Scottish Leaving Certificate Examination, 1960
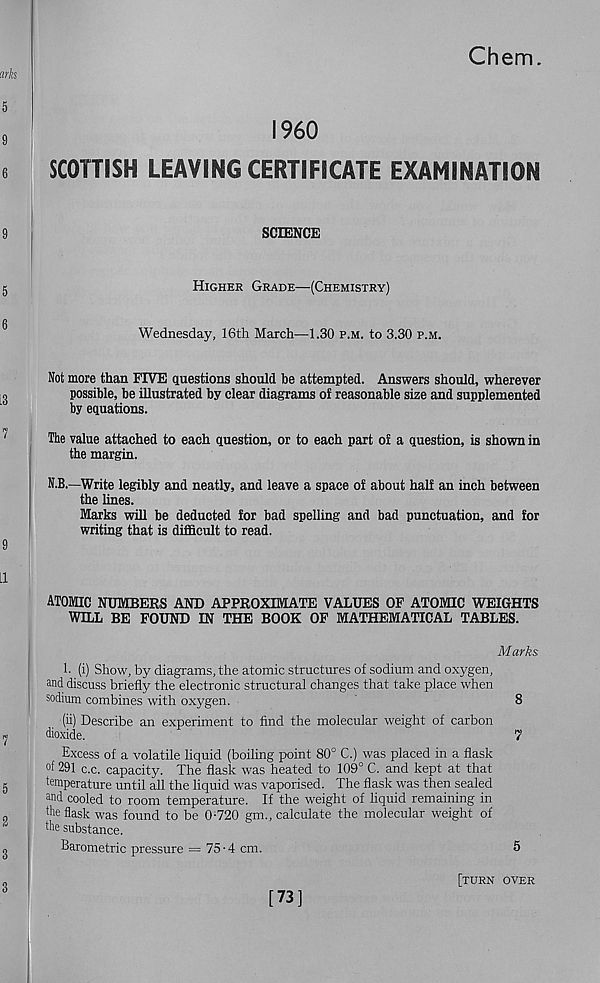
Chem.
I960
SCOTTISH LEAVING CERTIFICATE EXAMINATION
SCIENCE
Higher Grade—(Chemistry)
Wednesday, 16th March—1.30 p.m. to 3.30 p.m.
Not more than FIVE questions should be attempted. Answers should, wherever
possible, be illustrated by clear diagrams of reasonable size and supplemented
by equations.
The value attached to each question, or to each part of a question, is shown in
the margin.
N.B.—Write legibly and neatly, and leave a space of about half an inch between
the lines.
Marks will be deducted for bad spelling and bad punctuation, and for
writing that is difficult to read.
ATOMIC NUMBERS AND APPROXIMATE VALUES OF ATOMIC WEIGHTS
WILL BE FOUND IN THE BOOK OF MATHEMATICAL TABLES.
Marks
1. (i) Show, by diagrams, the atomic structures of sodium and oxygen,
and discuss briefly the electronic structural changes that take place when
sodium combines with oxygen.
8
(ii) Describe an experiment to find the molecular weight of carbon
dioxide.
7
Excess of a volatile liquid (boiling point 80° C.) was placed in a flask
°f 291 c.c. capacity. The flask was heated to 109° C. and kept at that
temperature until all the liquid was vaporised. The flask was then sealed
and cooled to room temperature. If the weight of liquid remaining in
the flask was found to be 0-720 gm., calculate the molecular weight of
the substance.
Barometric pressure = 75-4 cm.
5
[73]
[turn over